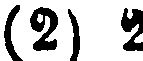
(2) 2